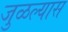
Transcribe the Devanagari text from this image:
जुळल्यास